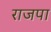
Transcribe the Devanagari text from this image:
राजपा